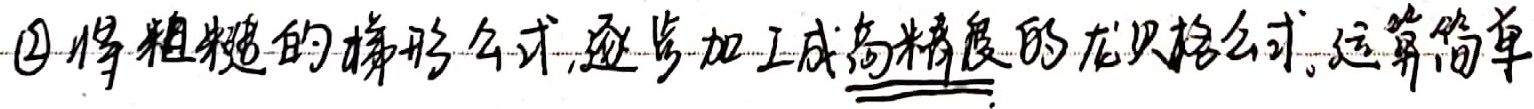
\textcircled{2}将粗糙的梯形公式,逐步加工成高精度的龙贝格公式。运算简单